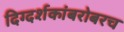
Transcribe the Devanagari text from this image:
दिग्दर्शकांबरोबरच